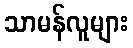
သာမန်လူများ